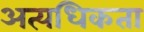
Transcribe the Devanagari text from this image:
अत्यधिकता